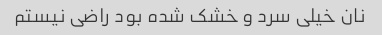
نان خیلی سرد و خشک شده بود راضی نیستم